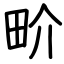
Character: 畍